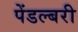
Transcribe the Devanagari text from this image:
पेंडल्बरी